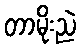
တာမိုးညဲ